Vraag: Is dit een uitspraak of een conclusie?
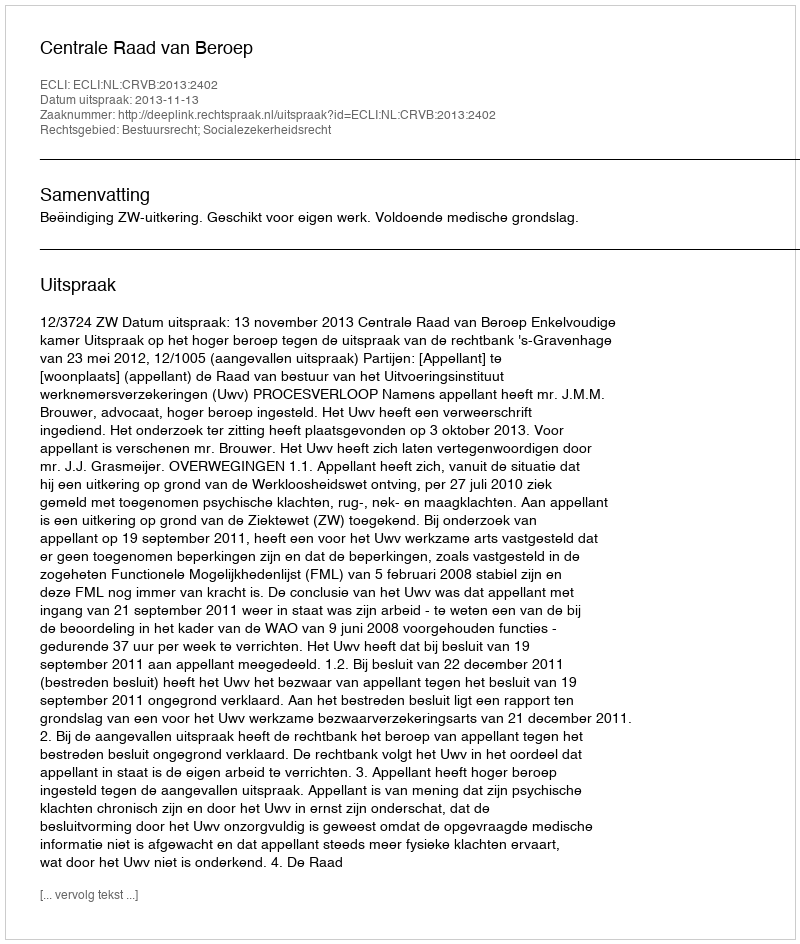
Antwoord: Uitspraak